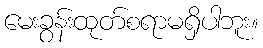
မေးခွန်းထုတ်စရာမရှိပါဘူး။